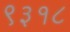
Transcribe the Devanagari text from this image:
९३१८